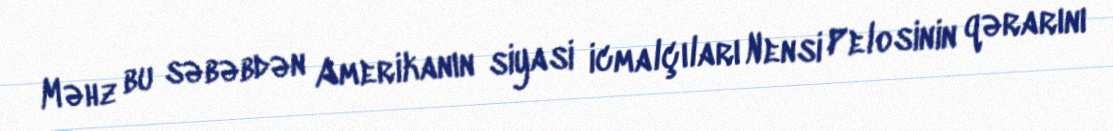
Məhz bu səbəbdən Amerikanın siyasi icmalçıları Nensi Pelosinin qərarını